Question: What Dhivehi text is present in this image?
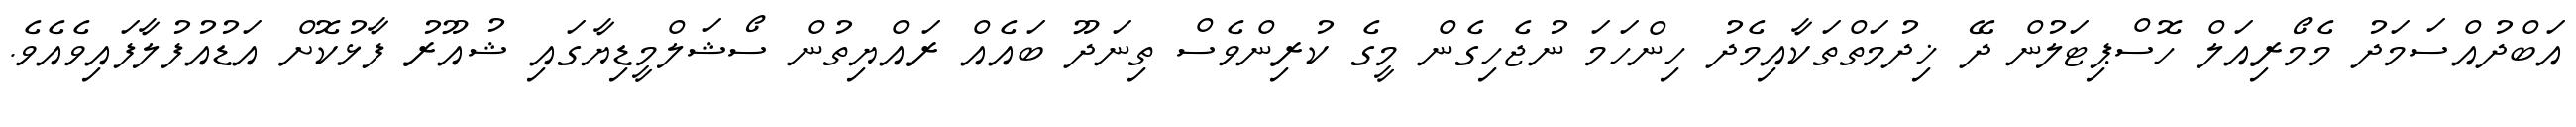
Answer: އަބްދުއްސަމަދު މެމޯރިއަލް ހޮސްޕިޓަލުން ދޭ ޚިދުމަތްތަކާއިމެދު ހިންހަމަ ނުޖެހިގެން މީގެ ކުރިންވެސް ތިނަދޫ ބައެއް ރައްޔިތުން ސޯޝަލްމީޑިޔާގައި ޝުއޫރު ފާޅުކޮށް އަޑުއުފުލާފައިވެއެވެ.